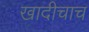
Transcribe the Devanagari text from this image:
खादीचाच